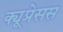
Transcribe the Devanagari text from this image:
क्यूप्रेसस